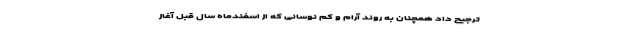
ترجیح داد همچنان به روند آرام و کم نوسانی که از اسفندماه سال قبل آغاز